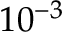
1 0 ^ { - 3 }